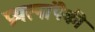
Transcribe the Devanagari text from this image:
प्रयत्नांपैकी